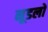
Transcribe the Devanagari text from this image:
नूडलों